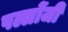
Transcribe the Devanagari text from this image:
पल्लोंजी